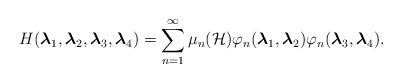
LaTeX: \begin{align*}H(\boldsymbol{\lambda }_{1},\boldsymbol{\lambda}_{2},\boldsymbol{\lambda }_{3}, \boldsymbol{\lambda}_{4})=\sum_{n=1}^{\infty}\mu_{n}(\mathcal{H})\varphi_{n}(\boldsymbol{\lambda}_{1},\boldsymbol{\lambda }_{2})\varphi_{n}(\boldsymbol{\lambda}_{3},\boldsymbol{\lambda }_{4}).\end{align*}